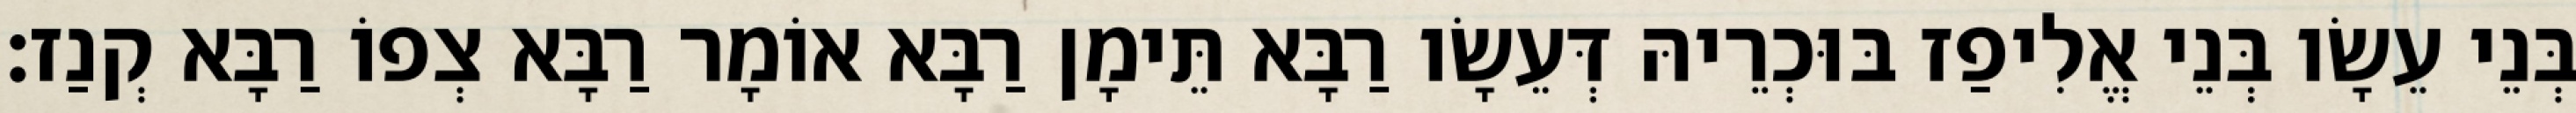
בְּנֵי עֵשָׂו בְּנֵי אֱלִיפַז בּוּכְרֵיהּ דְּעֵשָׂו רַבָּא תֵּימָן רַבָּא אוֹמָר רַבָּא צְפוֹ רַבָּא קְנַז׃